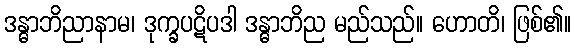
ဒန္ဓာဘိညာနာမ၊ ဒုက္ခပဋိပဒါ ဒန္ဓာဘိည မည်သည်။ ဟောတိ၊ ဖြစ်၏။